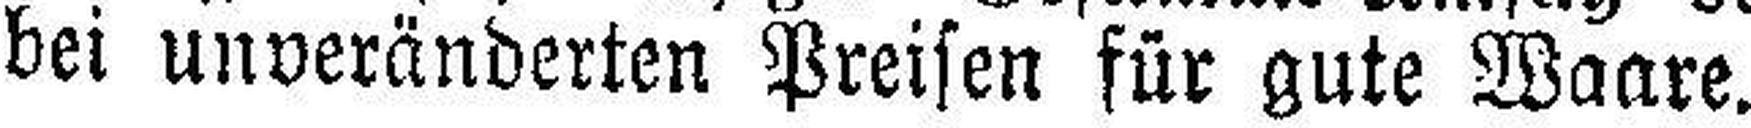
bei unveränderten Preisen für gute Waare.